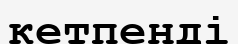
кетпенді